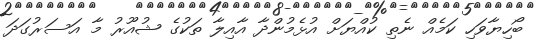
ބޯހިޔާވަހި ކަމެއް ނެތި ކުއްޔަށް އުޅެމުންދާ އާއިލާ ތަކުގެ ޝުއޫރު މާ އަސަރުގަދަ